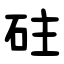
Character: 砫